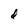
Character: d